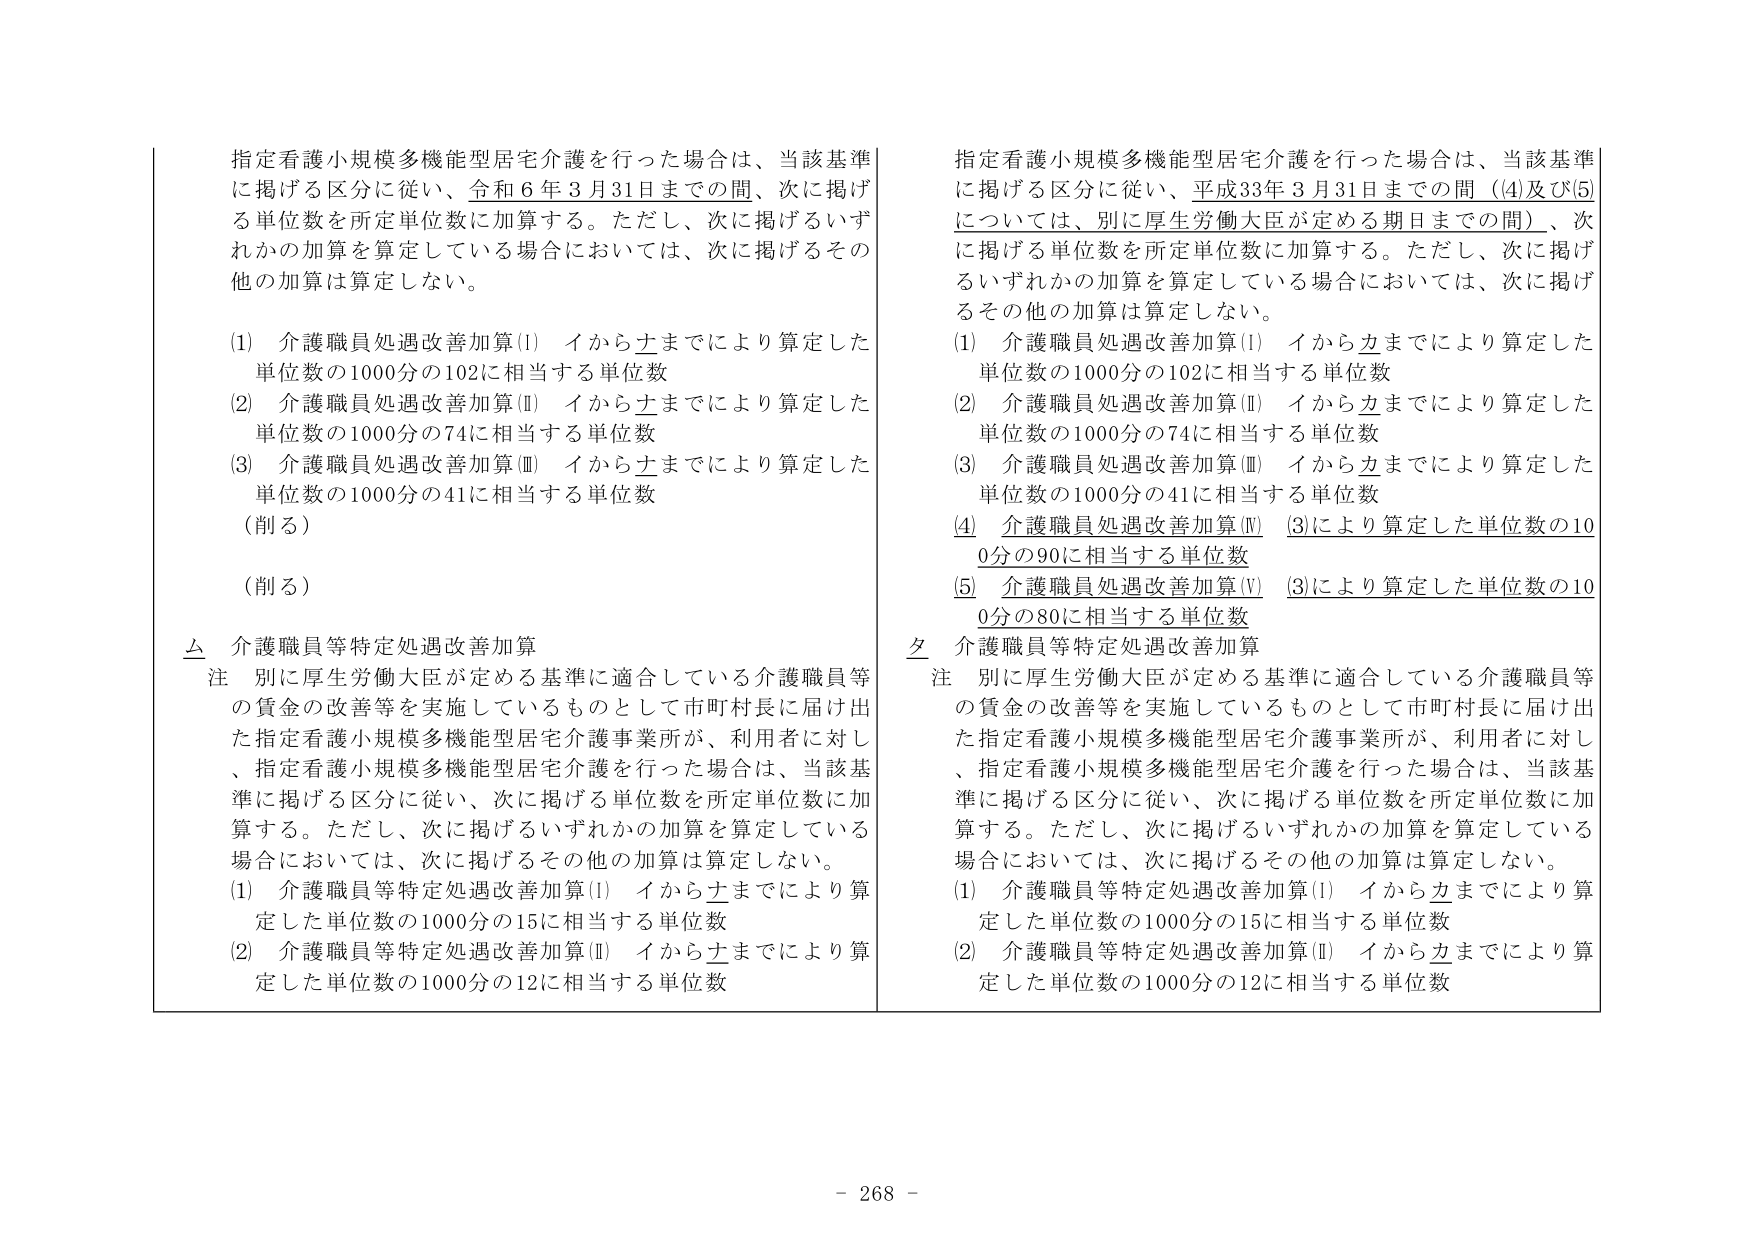
指定看護小規模多機能型居宅介護を行った場合は、当該基準に掲げる区分に従い、令和６年３月31日までの間、次に掲げる単位数を所定単位数に加算する。ただし、次に掲げるいずれかの加算を算定している場合においては、次に掲げるその他の加算は算定しない。

(1) 介護職員処遇改善加算(Ⅰ) イからナまでにより算定した単位数の1000分の102に相当する単位数
(2) 介護職員処遇改善加算(Ⅱ) イからナまでにより算定した単位数の1000分の74に相当する単位数
(3) 介護職員処遇改善加算(Ⅲ) イからナまでにより算定した単位数の1000分の41に相当する単位数
（削る）
（削る）

△ 介護職員等特定処遇改善加算
注 別に厚生労働大臣が定める基準に適合している介護職員等の賃金の改善等を実施しているものとして市町村長に届け出た指定看護小規模多機能型居宅介護事業所が、利用者に対し、指定看護小規模多機能型居宅介護を行った場合は、当該基準に掲げる区分に従い、次に掲げる単位数を所定単位数に加算する。ただし、次に掲げるいずれかの加算を算定している場合においては、次に掲げるその他の加算は算定しない。
(1) 介護職員等特定処遇改善加算(Ⅰ) イからナまでにより算定した単位数の1000分の15に相当する単位数
(2) 介護職員等特定処遇改善加算(Ⅱ) イからナまでにより算定した単位数の1000分の12に相当する単位数

指定看護小規模多機能型居宅介護を行った場合は、当該基準に掲げる区分に従い、平成33年３月31日までの間（(4)及び(5)については、別に厚生労働大臣が定める期日までの間）、次に掲げる単位数を所定単位数に加算する。ただし、次に掲げるいずれかの加算を算定している場合においては、次に掲げるその他の加算は算定しない。

(1) 介護職員処遇改善加算(Ⅰ) イからカまでにより算定した単位数の1000分の102に相当する単位数
(2) 介護職員処遇改善加算(Ⅱ) イからカまでにより算定した単位数の1000分の74に相当する単位数
(3) 介護職員処遇改善加算(Ⅲ) イからカまでにより算定した単位数の1000分の41に相当する単位数
(4) 介護職員処遇改善加算(Ⅳ) (3)により算定した単位数の100分の90に相当する単位数
(5) 介護職員処遇改善加算(Ⅴ) (3)により算定した単位数の100分の80に相当する単位数

夕 介護職員等特定処遇改善加算
注 別に厚生労働大臣が定める基準に適合している介護職員等の賃金の改善等を実施しているものとして市町村長に届け出た指定看護小規模多機能型居宅介護事業所が、利用者に対し、指定看護小規模多機能型居宅介護を行った場合は、当該基準に掲げる区分に従い、次に掲げる単位数を所定単位数に加算する。ただし、次に掲げるいずれかの加算を算定している場合においては、次に掲げるその他の加算は算定しない。
(1) 介護職員等特定処遇改善加算(Ⅰ) イからカまでにより算定した単位数の1000分の15に相当する単位数
(2) 介護職員等特定処遇改善加算(Ⅱ) イからカまでにより算定した単位数の1000分の12に相当する単位数

- 268 -